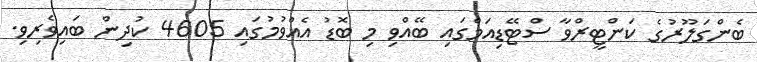
ބެންގަލޫރުގެ ކަންޓީރްވާ ސްޓޭޑިއަމްގައި ބޭއްވި މި ބޮޑު އެއްވުމުގައި 4605 ކުދިން ބައިވެރިވި.